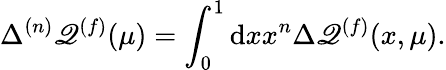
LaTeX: \Delta^{(n)}\mathscr{Q}^{(f)}(\mu)=\int_{0}^{1}\mathrm{{d}}xx^{n}\Delta\mathscr{Q}^{(f)}(x,\mu).